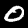
Label: 0